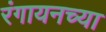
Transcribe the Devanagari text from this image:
रंगायनच्या